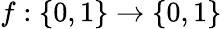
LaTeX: f:\{ 0,1\} \rightarrow\{ 0,1\}